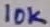
Text: 10K